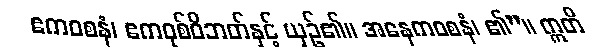
ဧကဝစနံ၊ ဧကဝုစ်ဝိဘတ်နှင့် ယှဉ်၏။ အနေကဝစနံ၊ ၏”။ ဣတိ